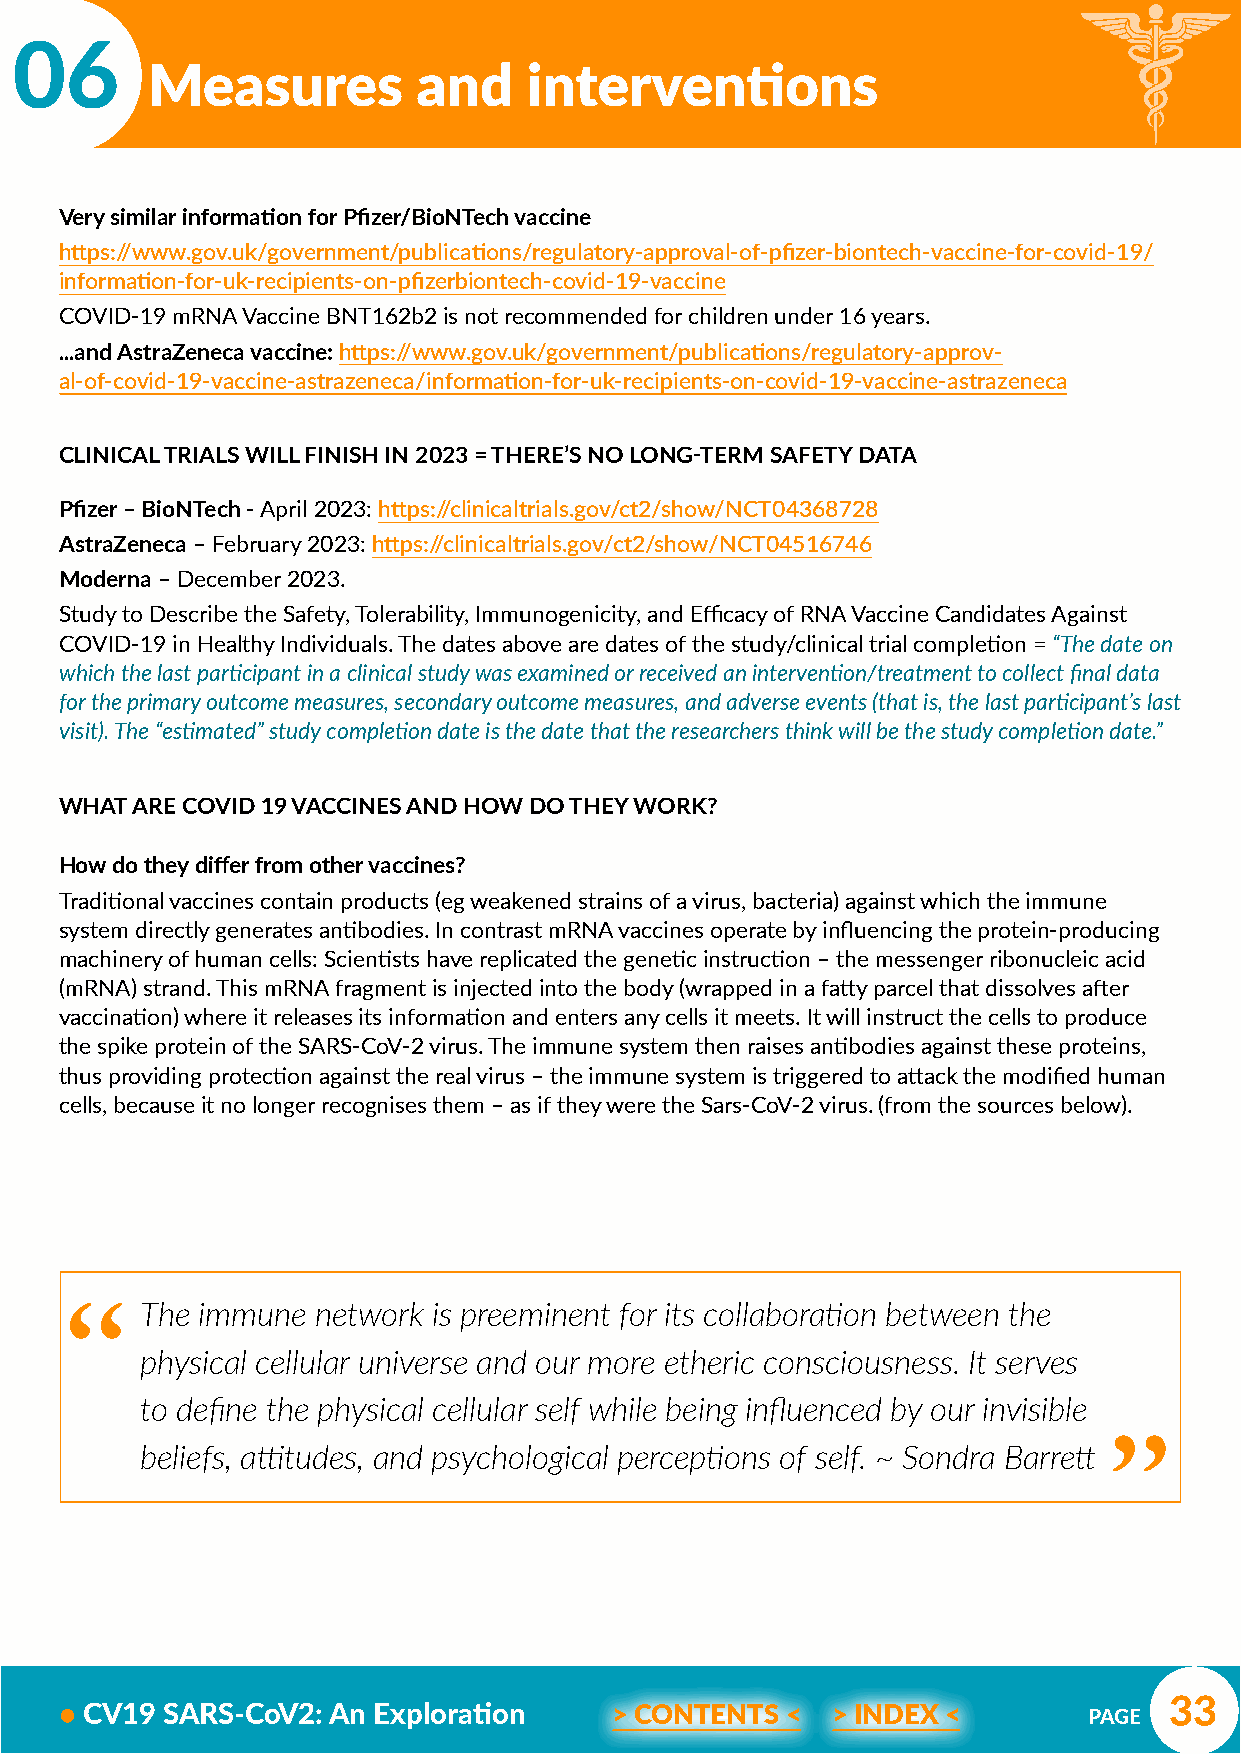
06
 Measures          and    interventions
 Very similar information for Pfizer/BioNTech vaccine
 https://www.gov.uk/government/publications/regulatory-approval-of-pfizer-biontech-vaccine-for-covid-19/
 information-for-uk-recipients-on-pfizerbiontech-covid-19-vaccine
 COVID-19 mRNA Vaccine BNT162b2 is not recommended for children under 16 years.
 ...and AstraZeneca vaccine: https://www.gov.uk/government/publications/regulatory-approv-
 al-of-covid-19-vaccine-astrazeneca/information-for-uk-recipients-on-covid-19-vaccine-astrazeneca
 CLINICAL TRIALS WILL FINISH IN 2023 = THERE’S NO LONG-TERM SAFETY DATA
 Pfizer – BioNTech - April 2023: https://clinicaltrials.gov/ct2/show/NCT04368728
 AstraZeneca – February 2023: https://clinicaltrials.gov/ct2/show/NCT04516746
 Moderna – December 2023.
 Study to Describe the Safety, Tolerability, Immunogenicity, and Efficacy of RNA Vaccine Candidates Against
 COVID-19 in Healthy Individuals. The dates above are dates of the study/clinical trial completion = “The date on
 which the last participant in a clinical study was examined or received an intervention/treatment to collect final data
 for the primary outcome measures, secondary outcome measures, and adverse events (that is, the last participant’s last
 visit). The “estimated” study completion date is the date that the researchers think will be the study completion date.”
 WHAT ARE COVID 19 VACCINES AND HOW DO THEY WORK?
 How do they differ from other vaccines?
 Traditional vaccines contain products (eg weakened strains of a virus, bacteria) against which the immune
 system directly generates antibodies. In contrast mRNA vaccines operate by influencing the protein-producing
 machinery of human cells: Scientists have replicated the genetic instruction – the messenger ribonucleic acid
 (mRNA) strand. This mRNA fragment is injected into the body (wrapped in a fatty parcel that dissolves after
 vaccination) where it releases its information and enters any cells it meets. It will instruct the cells to produce
 the spike protein of the SARS-CoV-2 virus. The immune system then raises antibodies against these proteins,
 thus providing protection against the real virus – the immune system is triggered to attack the modified human
 cells, because it no longer recognises them – as if they were the Sars-CoV-2 virus. (from the sources below).
 “
 The immune  network is preeminent for its collaboration between the
 “
 physical cellular universe and our more etheric consciousness. It serves
 to define the physical cellular self while being influenced by our invisible
 beliefs, attitudes, and psychological perceptions of self. ~ Sondra Barrett
 33
 • CV19 SARS-CoV2: An Exploration     > CONTENTS <  > INDEX <        PAGE